Report on sanitation, dispensaries, and jails in Rajputana for 1913, and on vaccination for the year 1913-1914 - 1913-1914
Year: 1913
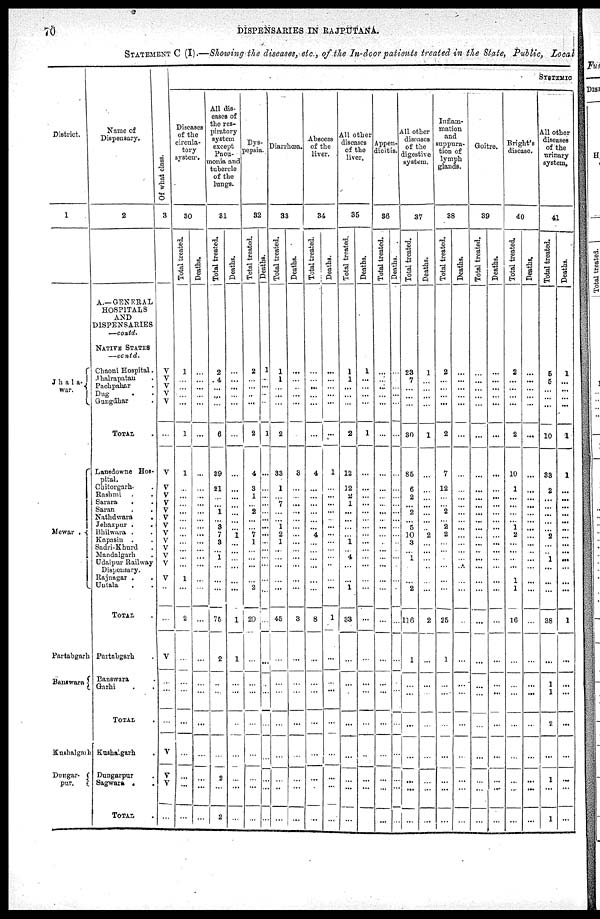
70
DISPENSARIES IN RAJPUTANA.
STATEMENT C (I).—Showing the diseases, etc., of the In-door patients treated in the State, Public, Local
District.
1
Jhala-
war.
Mewar
.
Partabgarh
Banswara
Kushalgarh
Dungar-
pur.
Name of
Dispensary.
2
A.—GENERAL
HOSPITALS
AND
DISPENSARIES
—contd.
NATIVE STATES
—contd.
Chaoni Hospital.
Jhalrapatan .
Pachpalmr .
Dug . .
Gungdhar .
TOTAL .
Lansdowne Hos-
pital.
Chitorgarh . .
Rashmi . .
Sarara . .
Saran . .
Nathdwara .
Jehazpur
.
.
Bhilwara . .
Kapasin . .
Sadri-Khurd .
Mandalgarh .
Udaipur Railway
Dispensary.
Rajnagar . .
Untala . .
TOTAL .
Partabgarh .
Banswara .
Garhi .
TOTAL .
Kushalgarh .
Dungarpur .
Sagwara . .
TOTAL .
Of what class.
3
V
V
V
V
V
...
V
V
V
V
V
V
V
V
V
V
V
V
V
...
...
V
...
...
...
V
V
V
...
SYSTEMIC
Diseases
of the
circula-
tory
system.
30
Total treated.
1
...
...
...
...
1
1
...
...
...
...
...
...
...
...
...
...
...
1
...
2
...
...
...
...
...
...
...
...
Deaths.
...
...
...
...
...
...
...
...
...
...
...
...
...
...
...
...
...
...
...
...
...
...
...
...
...
...
...
...
...
All dis-
eases of
the res-
piratory
system
except
Pneu-
monia and
tubercle
of the
lungs.
31
Total treated.
2
4
...
...
...
6
39
21
...
...
1
...
3
7
3
...
1
...
...
...
75
2
...
...
...
...
2
...
2
Deaths.
...
...
...
...
...
...
...
...
...
...
...
...
...
1
...
...
...
...
...
...
1
1
...
...
...
...
...
...
...
Dys-
pepsia.
32
Total treated.
2
...
...
...
...
2
4
3
1
...
2
...
...
7
1
...
...
...
...
2
20
...
...
...
...
...
...
...
...
Deaths.
1
...
...
...
...
1
...
...
...
...
...
...
...
...
...
...
...
...
...
...
...
...
...
...
...
...
...
...
...
Diarrhœa.
33
Total treated.
1
1
...
...
...
2
33
1
...
7
...
...
1
2
1
...
...
...
...
...
45
...
...
...
...
...
...
...
...
Deaths.
...
...
...
...
...
...
3
...
...
...
...
...
...
...
...
...
...
...
...
...
3
...
...
...
...
...
...
...
...
Abscess
of the
liver.
34
Total treated.
...
...
...
...
...
...
4
...
...
...
...
...
...
4
...
...
...
...
...
...
8
...
...
...
...
...
...
...
...
Deaths.
...
...
...
...
...
...
1
...
...
...
...
...
...
...
...
...
...
...
...
...
1
...
...
...
...
...
...
...
...
All other
diseases
of the
liver.
35
Total treated.
1
1
...
...
...
2
12
12
2
1
...
...
...
...
1
...
4
...
...
1
33
...
...
...
...
...
...
...
...
Deaths.
1
...
...
...
...
1
...
...
...
...
...
...
...
...
...
...
...
...
...
...
...
...
...
...
...
...
...
...
...
Appen-
dicitis.
36
Total treated.
...
...
...
...
...
...
...
...
...
...
...
...
...
...
...
...
...
...
...
...
...
...
...
...
...
...
...
...
...
Deaths.
...
...
...
...
...
...
...
...
...
...
...
...
...
...
...
...
...
...
...
...
...
...
...
...
...
...
...
...
...
Al 1 other
diseases
of the
digestive
system.
37
Total treated.
23
7
...
...
...
30
85
6
2
...
2
...
5
10
3
...
1
...
...
2
116
1
...
...
...
...
...
...
...
Deaths.
1
...
...
...
...
1
...
...
...
...
...
...
...
2
...
...
...
...
...
...
2
...
...
...
...
...
...
...
...
Inflam-
mation
and
suppura-
tion of
lymph
glands.
38
Total treated.
2
...
...
...
...
2
7
12
...
...
2
...
2
2
...
...
...
...
...
...
25
1
...
...
...
...
...
...
...
Deaths.
...
...
...
...
...
...
...
...
...
...
...
...
...
...
...
...
...
...
...
...
...
...
...
...
...
...
...
...
...
Goitre.
89
Total treated.
...
...
...
...
...
...
...
...
...
...
...
...
...
...
...
...
...
...
...
...
...
...
...
...
...
...
...
...
...
Deaths.
...
...
...
...
...
...
...
...
...
...
...
...
...
...
...
...
...
...
...
...
...
...
...
...
...
...
...
...
...
Bright's
disease.
40
Total treated.
2
...
...
...
...
2
10
1
...
...
...
...
1
2
...
...
...
...
1
1
16
...
...
...
...
...
...
...
...
Deaths.
...
...
...
...
...
...
...
...
...
...
...
...
...
...
...
...
...
...
...
...
...
...
...
...
...
...
...
...
...
All other
diseases
of the
urinary
system.
41
Total treated.
5
5
...
...
...
10
33
2
...
...
...
...
...
2
...
...
1 ...
...
...
38
...
1
1
2
...
1
...
1
Deaths.
1
...
...
...
...
1
1
...
...
...
...
...
...
...
...
...
...
...
...
...
1
...
...
...
...
...
...
...
...